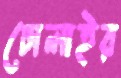
ঢোলাইর